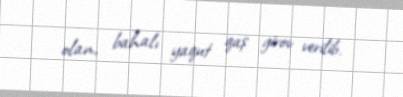
olan, bahalı yaqut qaş girov verilib.